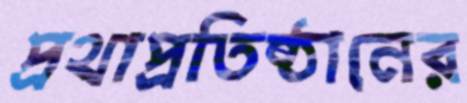
প্রথাপ্রতিষ্ঠানের